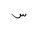
Letter: _sin